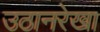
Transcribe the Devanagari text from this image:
उठानरेखा